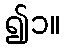
၍၁။